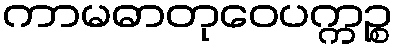
ကာမဓာတုဝေပက္ကဉ္စ